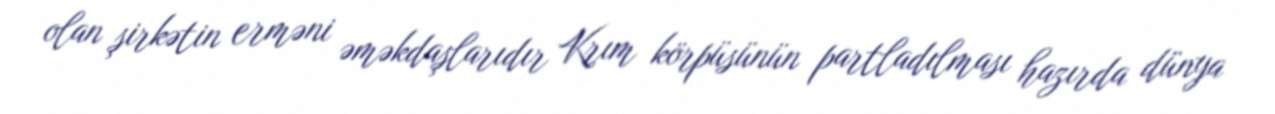
olan şirkətin erməni əməkdaşlarıdır Krım körpüsünün partladılması hazırda dünya